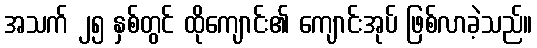
အသက် ၂၅ နှစ်တွင် ထိုကျောင်း၏ ကျောင်းအုပ် ဖြစ်လာခဲ့သည်။